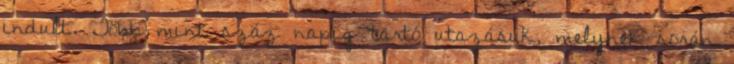
indult. Több mint száz napig tartó utazásuk, melynek során